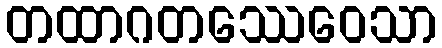
တထာဂတဿေဝေသာ